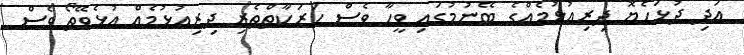
އަދި ދުޅަހެޔޮ ދިރިއުޅުމެއްގެ ބޭނުމުގައި ވީހާ ވެސް ހަރަކާތްތެރި ދިރިއުޅުމެއް އުޅެވޭތޯ ވެސް